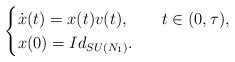
LaTeX: \begin{align*}\begin{cases}\dot{x}(t)=x(t)v(t),\ \ \ \ \ \ t\in(0,\tau),\\x(0)=Id_{SU({N_1})}.\\\end{cases}\end{align*}